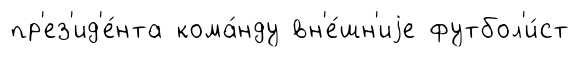
пр'ез'ид'е́нта кома́нду вн'е́шн'иjе футбол'и́ст